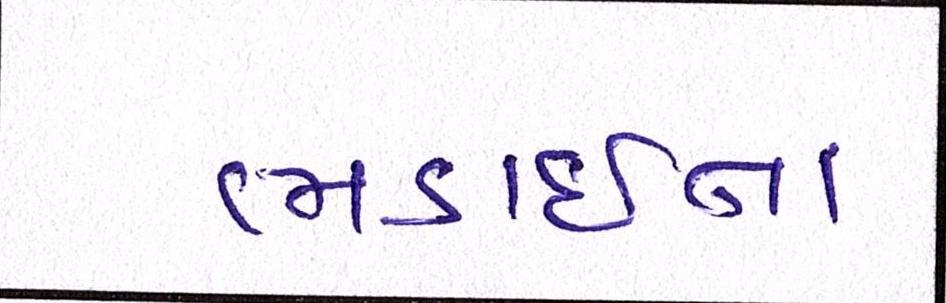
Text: ભડાઈના